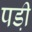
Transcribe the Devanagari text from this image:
पडी़